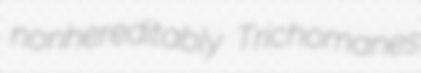
nonhereditably Trichomanes